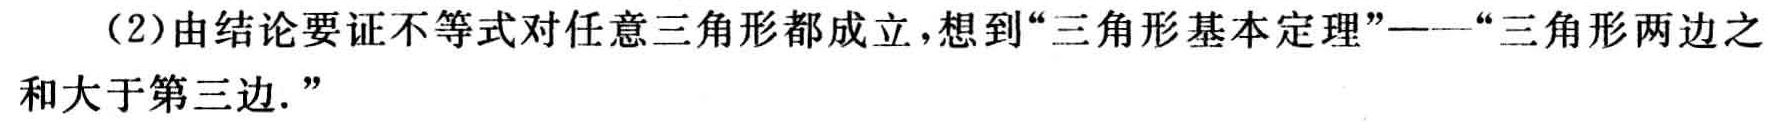
（2）由结论要证不等式对任意三角形都成立，想到“三角形基本定理”——“三角形两边之和大于第三边.”